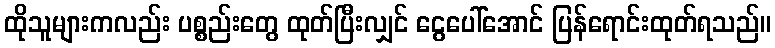
ထိုသူများကလည်း ပစ္စည်းတွေ ထုတ်ပြီးလျှင် ငွေပေါ်အောင် ပြန်ရောင်းထုတ်ရသည်။